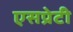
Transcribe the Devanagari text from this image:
एसप्रेटी